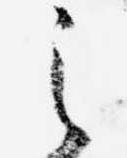
之